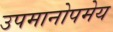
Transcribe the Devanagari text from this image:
उपमानोपमेय